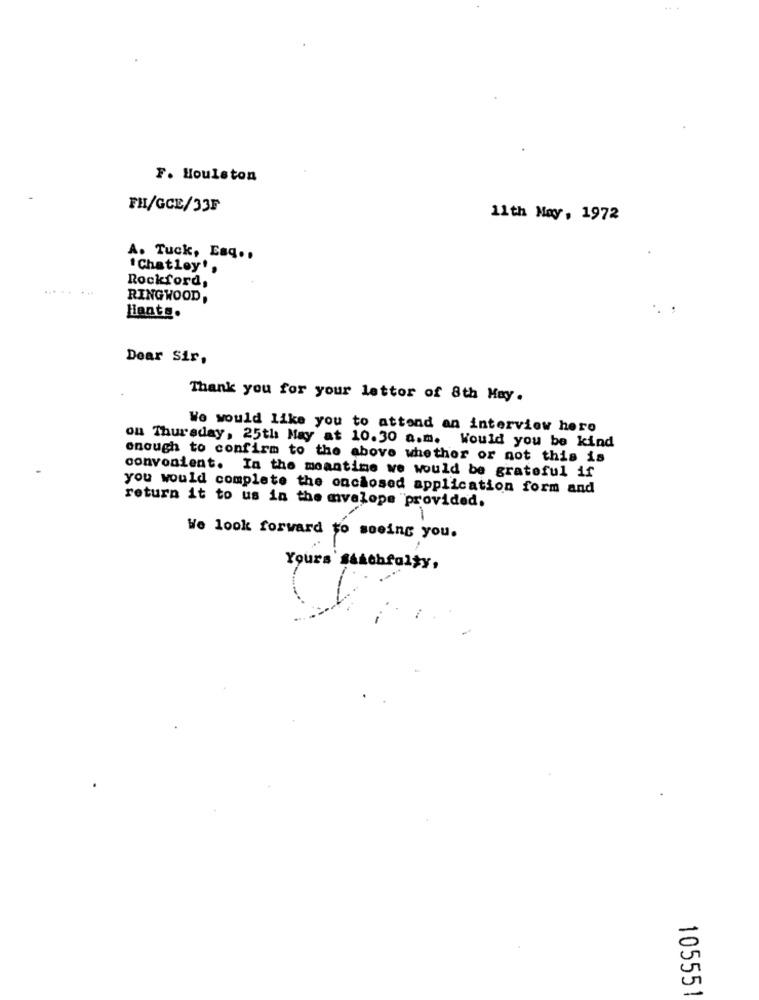
F. Houlston
FH/GCE/33F
11th May, 1972
A. Tuck, Esq ..
"Chatley',
Rockford,
RINGWOOD,
Hants.
Dear Sir,
Thank you for your lettor of 8th May.
We would like you to attend an interview hero
ou Thursday, 25th May at 10.30 a.m. Would you be kind
enough to confirm to the above whether or not this is
convenient. In the meantime we would be grateful if
you would complete the onchosed application form and
return it to us in the envelope "provided.
We look forward to seeing you.
Yours Stachfalty.
105551